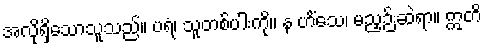
အလိုရှိသောသူသည်။ ပရံ၊ သူတစ်ပါးကို။ န ဟိံသေ၊ မညှဉ်းဆဲရာ။ ဣတိ